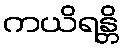
ကယိရန္တိ